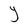
Character: Y